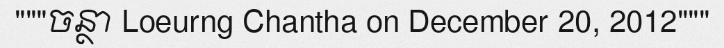
"""ចន្ថា Loeurng Chantha on December 20, 2012"""